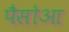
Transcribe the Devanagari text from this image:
पैसोआ